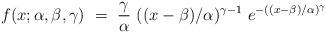
LaTeX: \begin{align*} f(x;\alpha,\beta,\gamma) \ = \ \frac{\gamma}{\alpha}\ ((x-\beta)/\alpha)^{\gamma-1}\ e^{- ((x-\beta)/\alpha)^{\gamma}} \end{align*}